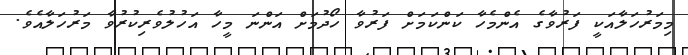
މިމަރުހަލާއަކީ ފަރުވާގެ އެންމެހާ ކަންކަމަށް ފަރުވާ ހޯދުމަށް އަންނަ މީހާ އަހުލުވެރިކުރުވާ މަރުހަލާއެވެ.